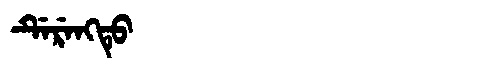
Manchu: ᡩᡝᡵᡝᠩᡨᡠ
Romanization: DERENGTU